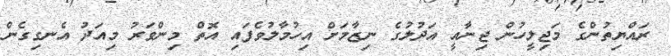
ރައްޔިތުންގެ މަޖިލީހުން ޖިނާއީ އަދުލުގެ ނިޒާމަށް އިހުމާލުވެފައި އޮތް މިންވަރު މިއަދު އެނގިގެން